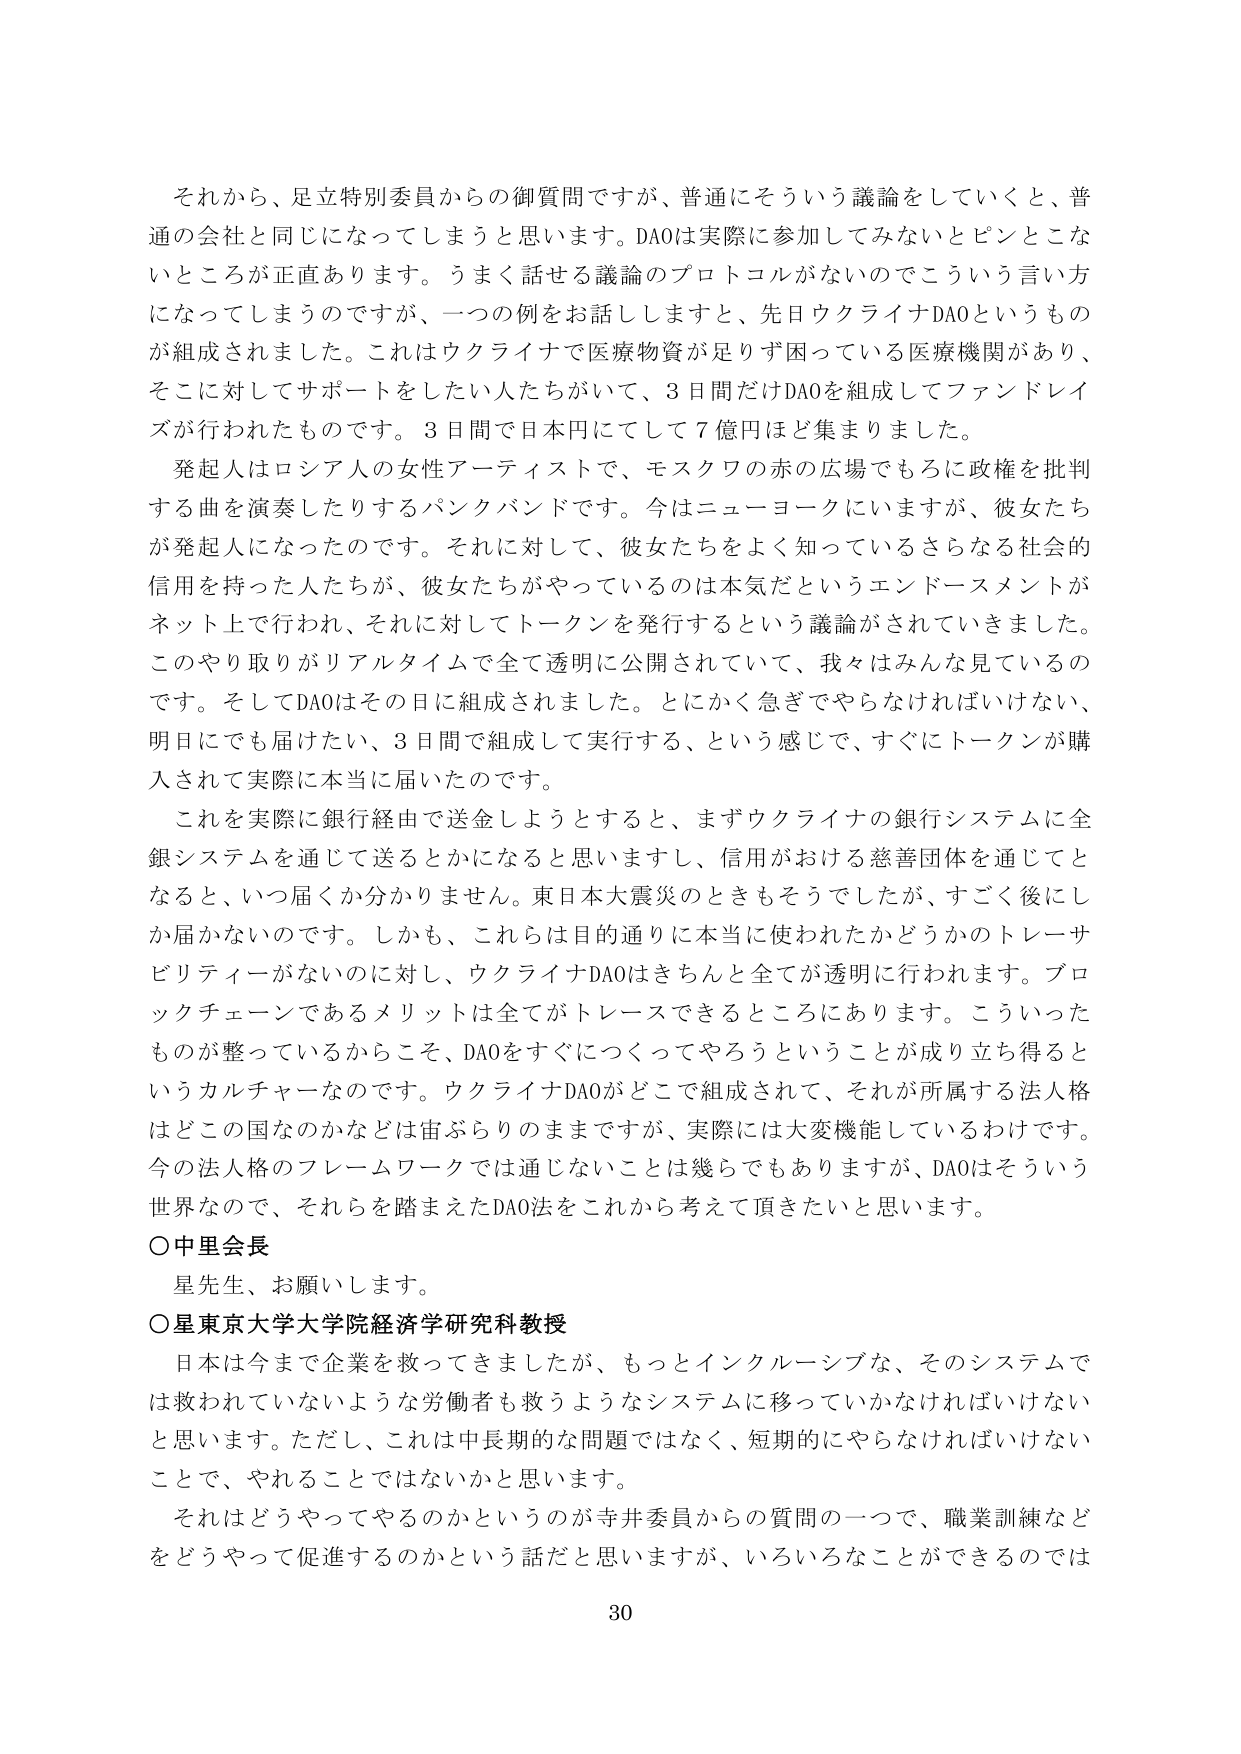
それから、足立特別委員からの御質問ですが、普通にそういう議論をしていくと、普通の会社と同じになってしまうと思います。DAOは実際に参加してみないとピンとこないところが正直あります。うまく話せる議論のプロトコルがないのでこういう言い方になってしまうのですが、一つの例をお話ししますと、先日ウクライナDAOというもののが組成されました。これはウクライナで医療物資が足りず困っている医療機関があり、それに対してサポートをしたい人たちがいて、3日間だけDAOを組成してファンドレイズが行われたものです。3日間で日本円にして7億円ほど集まりました。

発起人はロシア人の女性アーティストで、モスクワの赤の広場でもろに政権を批判する曲を演奏したりするパンクバンドです。今はニューヨークにいますが、彼女たちが発起人になったのです。それに対して、彼女たちをよく知っているさらなる社会的信用を持った人たちが、彼女たちがやっているのは本気だというエンドースメントがネット上で行われ、それに対してトークンを発行するという議論がされていきました。このやり取りがリアルタイムで全て透明に公開されていて、我々はみんな見ているのです。そしてDAOはその日に組成されました。とにかく急ぎでやらなければいけない、明日にでも届けたい、3日間で組成して実行する、という感じで、すぐにトークンが購入されて実際に本当に届いたのです。

これを実際に銀行経由で送金しようとするとき、まずウクライナの銀行システムに全銀システムを通じて送るとかになると思いますし、信用がおける慈善団体を通じてとなると、いつ届くか分かりません。東日本大震災のときもそうでしたが、すごく後にしか届かないのです。しかも、これらは目的通りに本当に使われたかどうかのトレーサビリティがないのに対し、ウクライナDAOはきちんと全てが透明に行われます。ブロックチェーンであるメリットは全てがトレースできるところにあります。こういったものが整っているからこそ、DAOをすぐにつくってやろうということが成り立ち得るというカルチャーなのです。ウクライナDAOがどこで組成されて、それが所属する法人格はどこの国なのかなとは宙ぶらりのままですが、実際には大変機能しているわけです。今の法人格のフレームワークでは通じないことは幾らでもありますが、DAOはそういう世界なので、それらを踏まえたDAO法をこれから考えて頂きたいと思います。

○中里会長
星先生、お願いします。

○星東京大学大学院経済学研究科教授
日本は今まで企業を救ってきましたが、もっとインクルーシブな、そのシステムでは救われていないような労働者も救うようなシステムに移っていかなければならないと思います。ただし、これは中長期的な問題ではなく、短期的にやらなければならないことで、やれることではないかと思います。

それはどうやってやるのかというのが寺井委員からの質問の一つで、職業訓練などをどうやって促進するのかという話だと思いますが、いろいろなことができるのでは

30